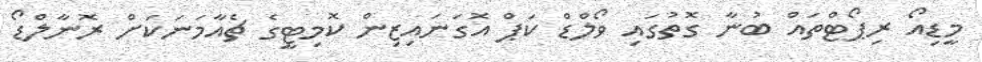
މީޑިއޯ ރިޕޯޓްތައް ބުނާ ގޮތުގައި ވޯލްޑް ކަޕް އޮގަނައިޒިން ކޮމިޓީގެ ޗެއާމަނަކަށް ރޮނާލްޑޯ